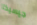
جيسيكا